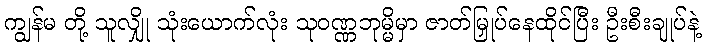
ကျွန်မ တို့ သူလျှို သုံးယောက်လုံး သုဝဏ္ဏဘုမ္မိမှာ ဇာတ်မြှုပ်နေထိုင်ပြီး ဦးစီးချုပ်နဲ့